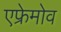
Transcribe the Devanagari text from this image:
एफ्रेमोव